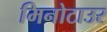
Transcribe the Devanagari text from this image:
मिनोटाउर